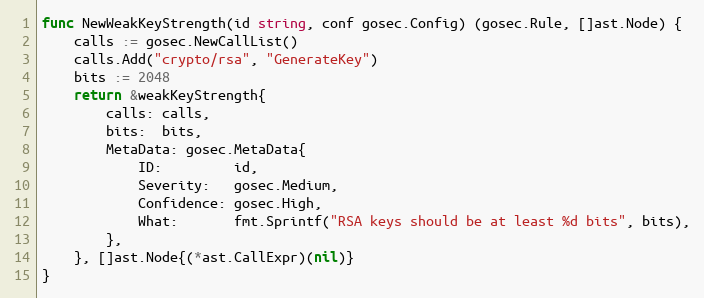
Language: Go
func NewWeakKeyStrength(id string, conf gosec.Config) (gosec.Rule, []ast.Node) {
	calls := gosec.NewCallList()
	calls.Add("crypto/rsa", "GenerateKey")
	bits := 2048
	return &weakKeyStrength{
		calls: calls,
		bits:  bits,
		MetaData: gosec.MetaData{
			ID:         id,
			Severity:   gosec.Medium,
			Confidence: gosec.High,
			What:       fmt.Sprintf("RSA keys should be at least %d bits", bits),
		},
	}, []ast.Node{(*ast.CallExpr)(nil)}
}